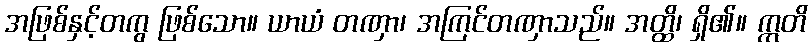
အဖြစ်နှင့်တကွ ဖြစ်သော။ ယာယံ တဏှာ၊ အကြင်တဏှာသည်။ အတ္ထိ၊ ရှိ၏။ ဣတိ